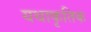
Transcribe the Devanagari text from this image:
यथाकृतिक